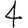
Digit: 4